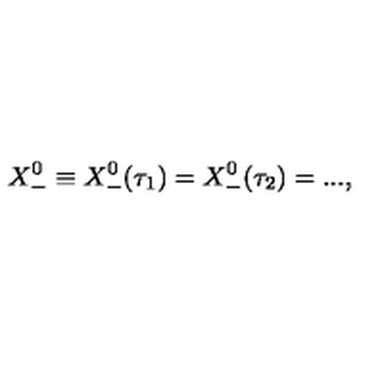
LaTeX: X _ { - } ^ { 0 } \equiv X _ { - } ^ { 0 } ( \tau _ { 1 } ) = X _ { - } ^ { 0 } ( \tau _ { 2 } ) = . . . ,